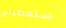
ستعطيني